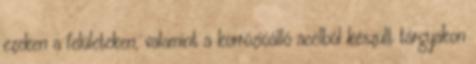
ezeken a felületeken, valamint a korrózióálló acélból készült tárgyakon